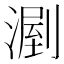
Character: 𣼉